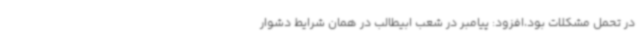
در تحمل مشکلات بود،افزود: پیامبر در شعب ابیطالب در همان شرایط دشوار